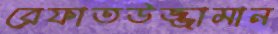
রেফাতউজ্জামান